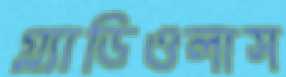
গ্ল্যাডিওলাস